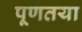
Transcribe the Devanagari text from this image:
पूणतया